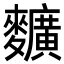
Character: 𪍿